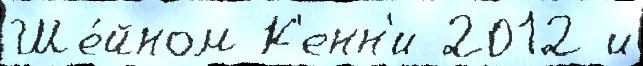
Ше́йном К'енн'и 2012 и